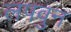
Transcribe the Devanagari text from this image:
लपवुन